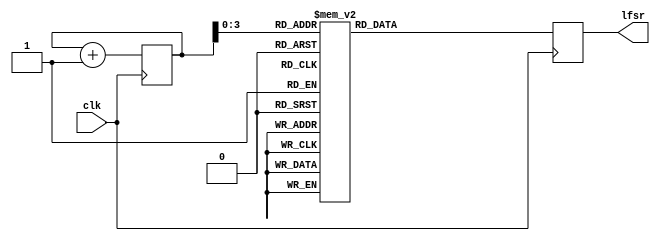
module lfsrr1(
    input clk,
    output reg [9:0] lfsr
);
reg [31:0]counter;
always @(posedge clk) begin
	counter <= counter+1;
	if(counter == 5000000000)
		counter <= 0;
	case(counter[3:0])
		0: lfsr <= 320;
		1: lfsr <= 577;
		2: lfsr <= 345;
		3: lfsr <= 123;
		4: lfsr <= 653;
		5: lfsr <= 46;
		6: lfsr <= 523;
		7: lfsr <= 78;
		8: lfsr <= 378;
		9: lfsr <= 537;
		10: lfsr <= 130;
		11: lfsr <= 577;
		12: lfsr <= 395;
		13: lfsr <= 523;
		14: lfsr <= 353;
		15: lfsr <= 75;
	endcase
		
end
endmodule

module lfsrr2(
    input clk,
    output reg [9:0] lfsr
);
reg [31:0]counter1;
always @(posedge clk) begin
	counter1 <= counter1+1;
	if(counter1 == 5000000000)
		counter1 <= 0;
	case(counter1[3:0])
		0: lfsr <= 320;
		1: lfsr <= 477;
		2: lfsr <= 45;
		3: lfsr <= 623;
		4: lfsr <= 353;
		5: lfsr <= 66;
		6: lfsr <= 123;
		7: lfsr <= 48;
		8: lfsr <= 708;
		9: lfsr <= 437;
		10: lfsr <= 70;
		11: lfsr <= 677;
		12: lfsr <= 295;
		13: lfsr <= 243;
		14: lfsr <= 353;
		15: lfsr <= 325;
	endcase
		
end
endmodule

module lfsrr3(
    input clk,
    output reg [9:0] lfsr
);
reg [31:0]counter2;
always @(posedge clk) begin
	counter2 <= counter2+1;
	if(counter2 == 5000000000)
		counter2 <= 0;
	case(counter2[3:0])
		0: lfsr <= 520;
		1: lfsr <= 417;
		2: lfsr <= 145;
		3: lfsr <= 423;
		4: lfsr <= 253;
		5: lfsr <= 56;
		6: lfsr <= 623;
		7: lfsr <= 58;
		8: lfsr <= 408;
		9: lfsr <= 137;
		10: lfsr <= 90;
		11: lfsr <= 60;
		12: lfsr <= 495;
		13: lfsr <= 163;
		14: lfsr <= 153;
		15: lfsr <= 315;
	endcase
		
end
endmodule

module lfsrr4(
    input clk,
    output reg [9:0] lfsr
);
reg [31:0]counter3;
always @(posedge clk) begin
	counter3 <= counter3+1;
	if(counter3 == 5000000000)
		counter3 <= 0;
	case(counter3[3:0])
		0: lfsr <= 220;
		1: lfsr <= 577;
		2: lfsr <= 65;
		3: lfsr <= 723;
		4: lfsr <= 53;
		5: lfsr <= 76;
		6: lfsr <= 123;
		7: lfsr <= 248;
		8: lfsr <= 408;
		9: lfsr <= 337;
		10: lfsr <= 250;
		11: lfsr <= 177;
		12: lfsr <= 595;
		13: lfsr <= 413;
		14: lfsr <= 553;
		15: lfsr <= 345;
	endcase
		
end
endmodule

module lfsrr5(
    input clk,
    output reg [9:0] lfsr
);
reg [31:0]counter4;
always @(posedge clk) begin
	counter4 <= counter4+1;
	if(counter4 == 5000000000)
		counter4 <= 0;
	case(counter4[3:0])
		0: lfsr <= 70;
		1: lfsr <= 457;
		2: lfsr <= 445;
		3: lfsr <= 613;
		4: lfsr <= 453;
		5: lfsr <= 366;
		6: lfsr <= 223;
		7: lfsr <= 48;
		8: lfsr <= 308;
		9: lfsr <= 537;
		10: lfsr <= 0;
		11: lfsr <= 277;
		12: lfsr <= 595;
		13: lfsr <= 23;
		14: lfsr <= 720;
		15: lfsr <= 25;
	endcase
		
end
endmodule